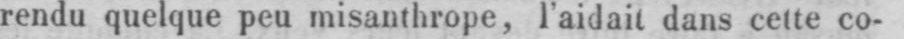
rendu quelque peu misanthrope, l’aidait dans cette co-